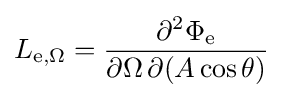
L_{\mathrm {e} ,\Omega }={\frac {\partial ^{2}\Phi _{\mathrm {e} }}{\partial \Omega \,\partial (A\cos \theta )}}